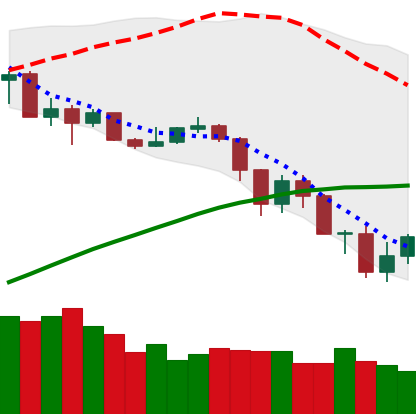
Ticker: ADA-USD
Chart end date: 2019-07-18
Forward return: -5.036%
Label: down_5_7